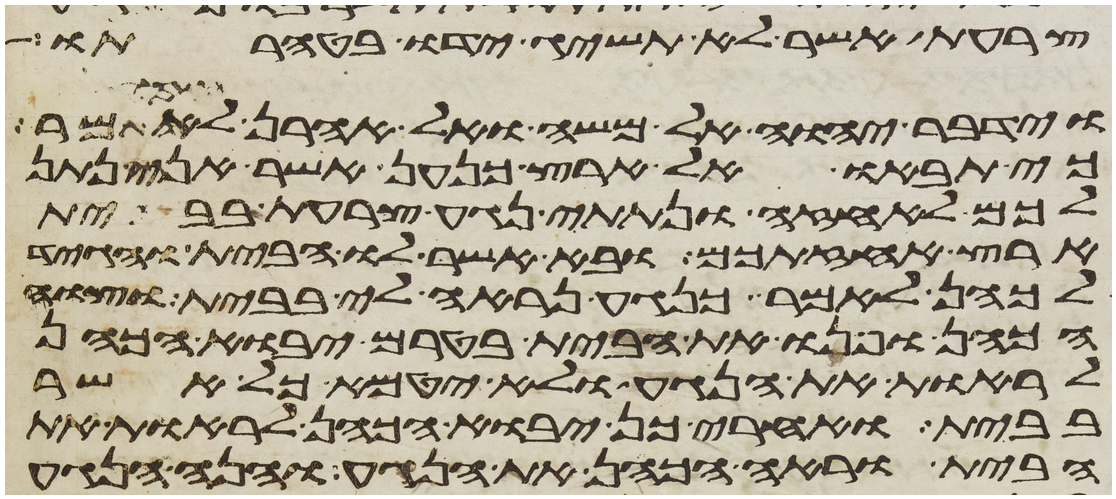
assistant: צרעת אשר לא תשיג ידו בטהרתו
וידבר יהוה אל משה ואל אהרן לאמר
כי תבאו אל ארץ כנען אשר אני נתן
לכם לאחזה ונתתי נגע צרעת בבית
ארץ אחזתכם ובא אשר לו הבית והגיד
לכהן לאמר כנגע נראה לי בבית וצוה
הכהן ופנו את הבית בטרם יבוא הכהן
לראות את הנגע ולא יטמא כל אשר
בבית ואחרי כן יבוא הכהן לראות את
הבית וראה הכהן את הנגע והנה הנגע